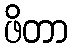
ဖိတာ